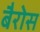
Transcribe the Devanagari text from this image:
बैरोस